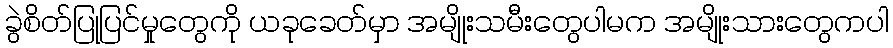
ခွဲစိတ်ပြုပြင်မှုတွေကို ယခုခေတ်မှာ အမျိုးသမီးတွေပါမက အမျိုးသားတွေကပါ